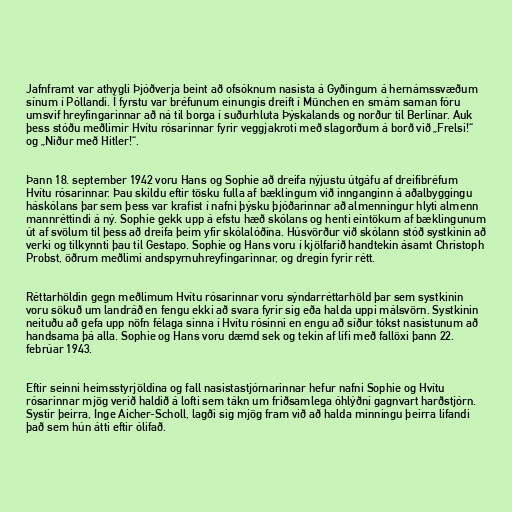
Jafnframt var athygli Þjóðverja beint að ofsóknum nasista á Gyðingum á hernámssvæðum
sínum í Póllandi. Í fyrstu var bréfunum einungis dreift í München en smám saman fóru
umsvif hreyfingarinnar að ná til borga í suðurhluta Þýskalands og norður til Berlínar. Auk
þess stóðu meðlimir Hvítu rósarinnar fyrir veggjakroti með slagorðum á borð við „Frelsi!“
og „Niður með Hitler!“.

Þann 18. september 1942 voru Hans og Sophie að dreifa nýjustu útgáfu af dreifibréfum
Hvítu rósarinnar. Þau skildu eftir tösku fulla af bæklingum við innganginn á aðalbyggingu
háskólans þar sem þess var krafist í nafni þýsku þjóðarinnar að almenningur hlyti almenn
mannréttindi á ný. Sophie gekk upp á efstu hæð skólans og henti eintökum af bæklingunum
út af svölum til þess að dreifa þeim yfir skólalóðina. Húsvörður við skólann stóð systkinin að
verki og tilkynnti þau til Gestapo. Sophie og Hans voru í kjölfarið handtekin ásamt Christoph
Probst, öðrum meðlimi andspyrnuhreyfingarinnar, og dregin fyrir rétt.

Réttarhöldin gegn meðlimum Hvítu rósarinnar voru sýndarréttarhöld þar sem systkinin
voru sökuð um landráð en fengu ekki að svara fyrir sig eða halda uppi málsvörn. Systkinin
neituðu að gefa upp nöfn félaga sinna í Hvítu rósinni en engu að síður tókst nasistunum að
handsama þá alla. Sophie og Hans voru dæmd sek og tekin af lífi með fallöxi þann 22.
febrúar 1943.

Eftir seinni heimsstyrjöldina og fall nasistastjórnarinnar hefur nafni Sophie og Hvítu
rósarinnar mjög verið haldið á lofti sem tákn um friðsamlega óhlýðni gagnvart harðstjórn.
Systir þeirra, Inge Aicher-Scholl, lagði sig mjög fram við að halda minningu þeirra lifandi
það sem hún átti eftir ólifað.